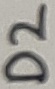
Text: D2